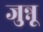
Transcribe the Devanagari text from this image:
जुन्नू